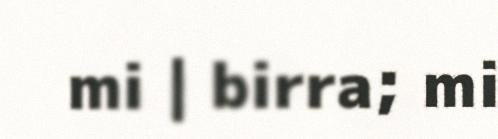
mi | birra; mi